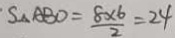
S _ { \Delta } A B O = \frac { 8 \times 6 } { 2 } = 2 4